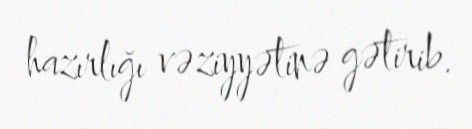
hazırlığı vəziyyətinə gətirib.